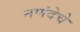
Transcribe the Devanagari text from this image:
नणंदेचे